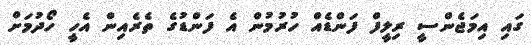
ގައި އިމަޖެންސީ ރިލީފް ފަންޑެއް ހުރުމުން އެ ފަންޑުގެ ތެރެއިން އެހީ ހޯދުމަށް